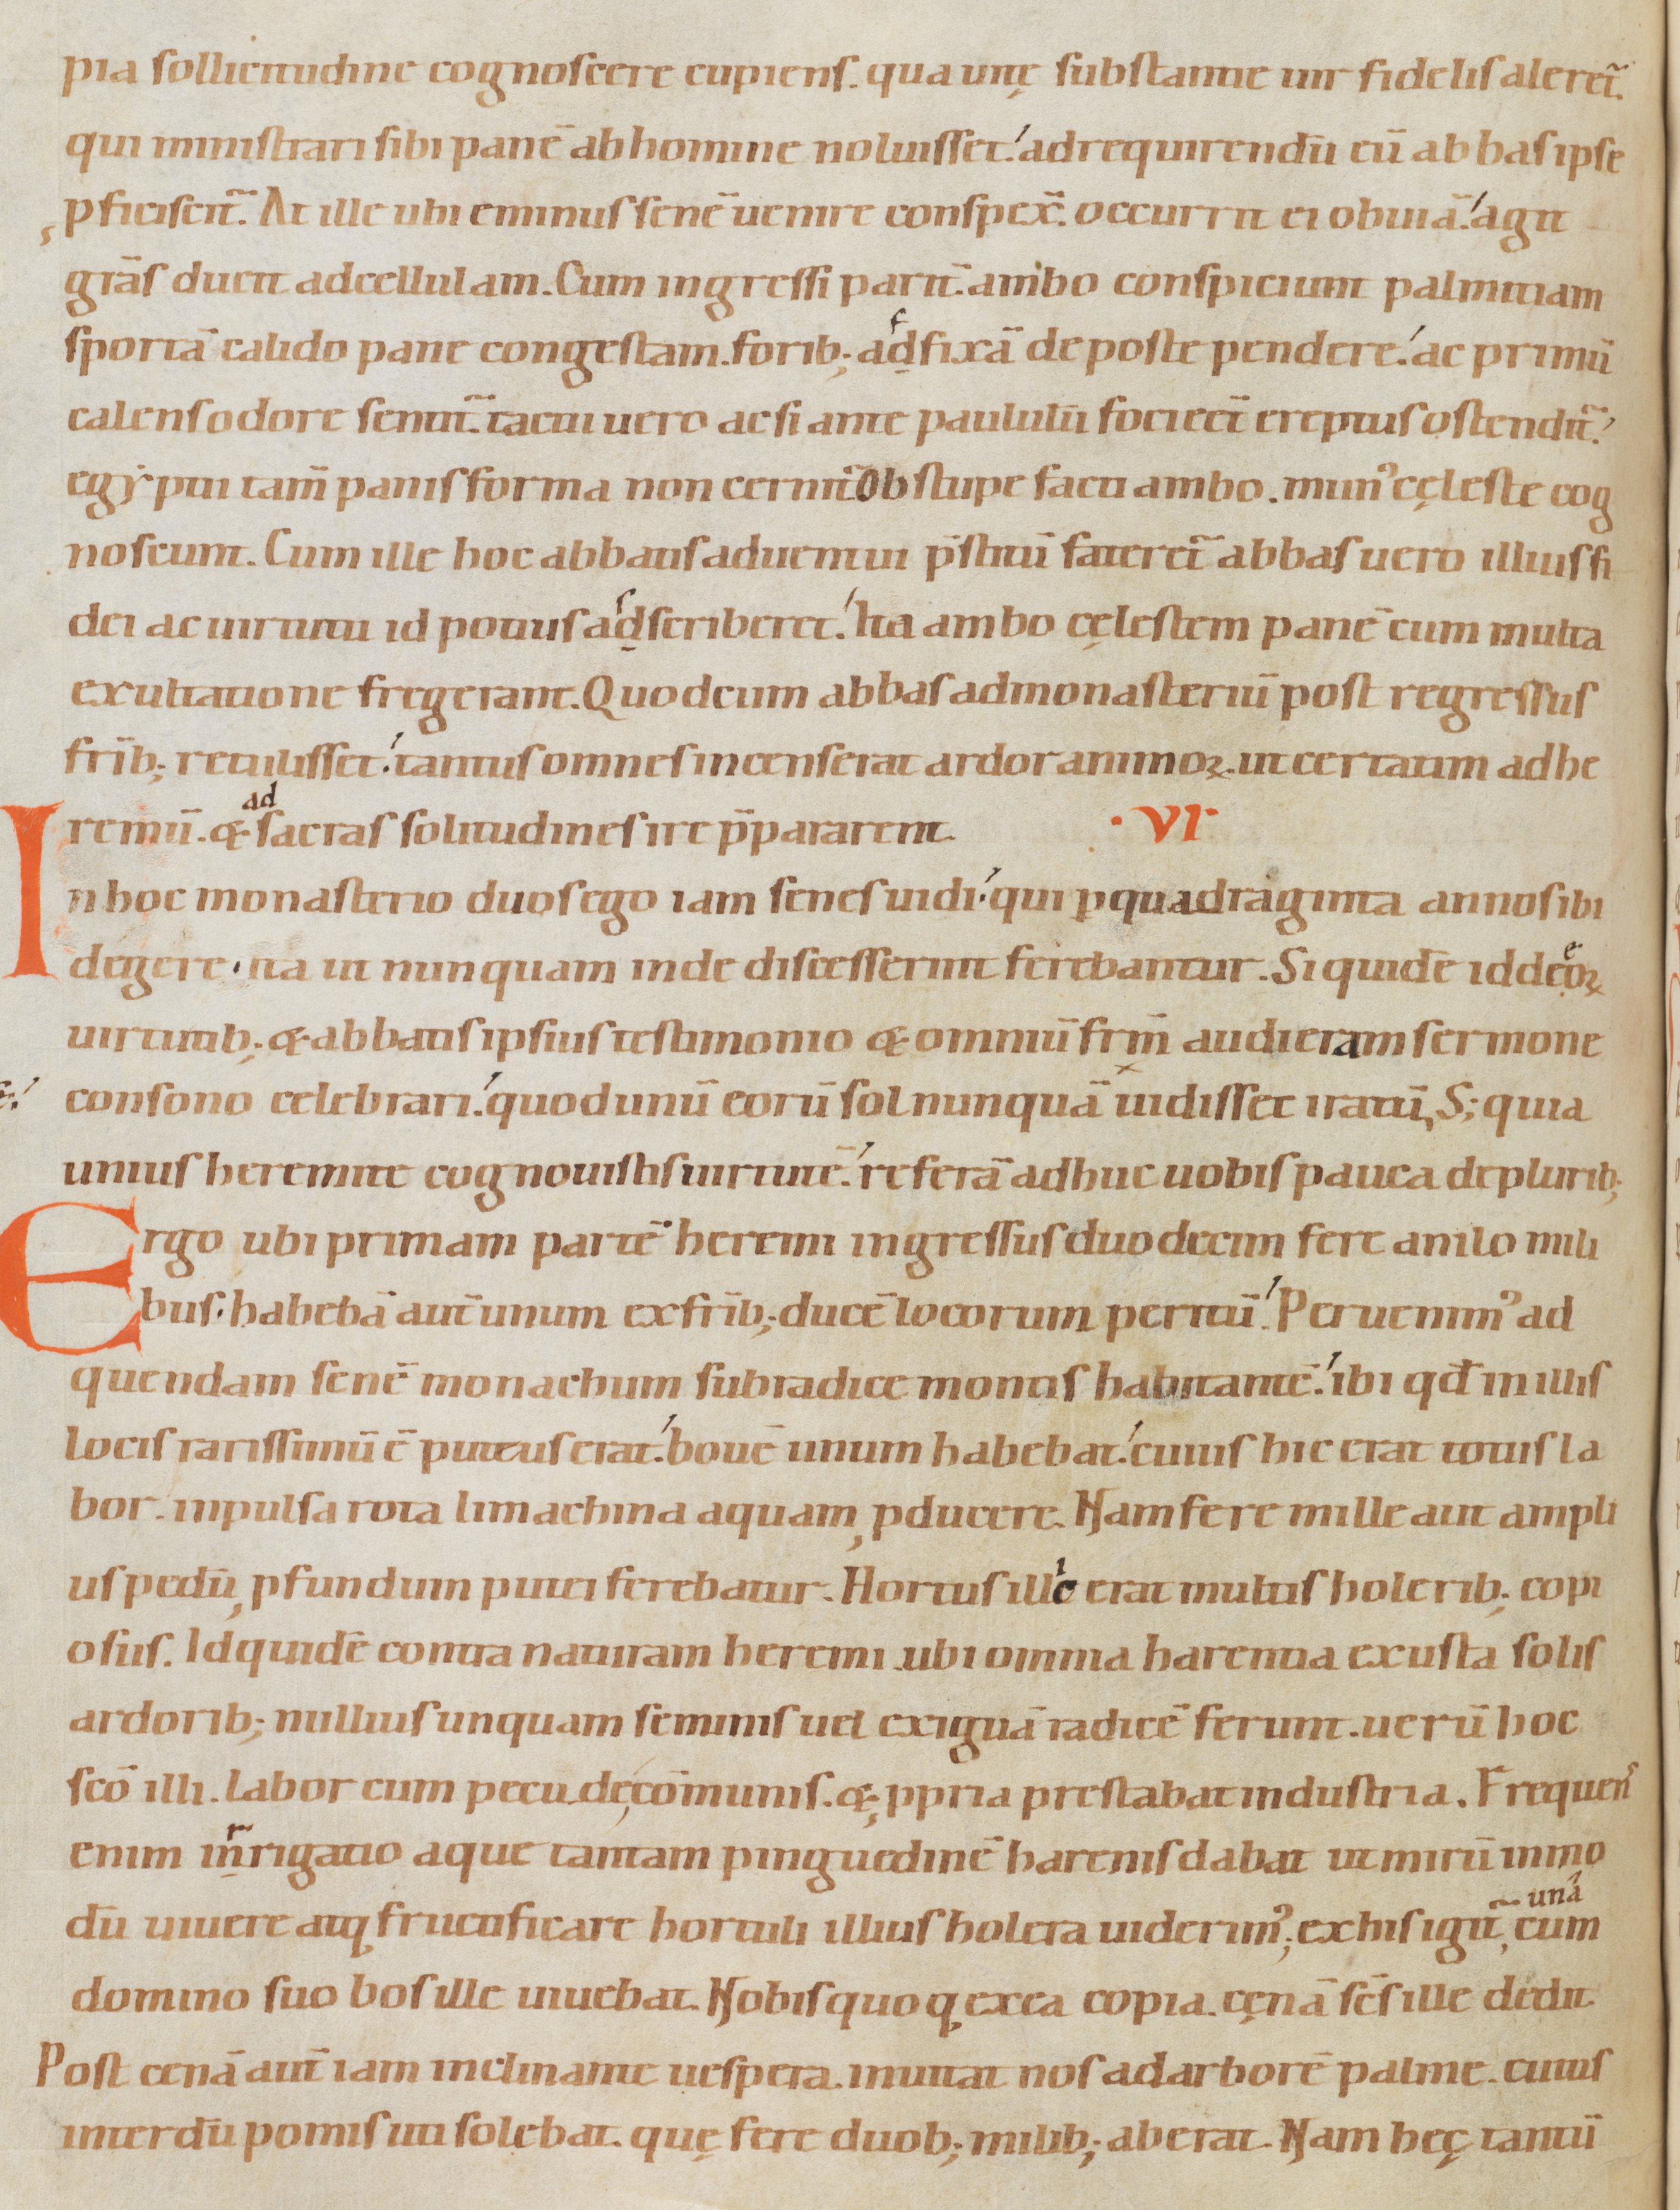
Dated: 1080–1096